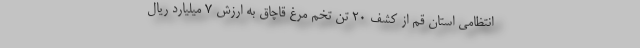
انتظامی استان قم از کشف ۲۰ تن تخم مرغ قاچاق به ارزش ۷ میلیارد ریال